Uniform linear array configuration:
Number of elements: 16
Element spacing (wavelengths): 0.5
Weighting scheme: uniform
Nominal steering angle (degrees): -30
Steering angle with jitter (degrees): -29.616
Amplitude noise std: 0.05
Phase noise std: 0.05

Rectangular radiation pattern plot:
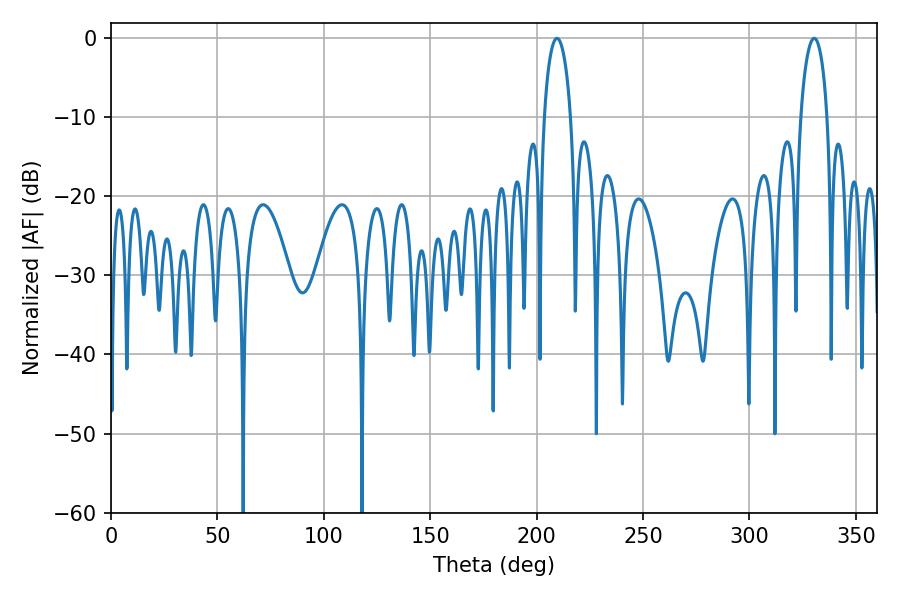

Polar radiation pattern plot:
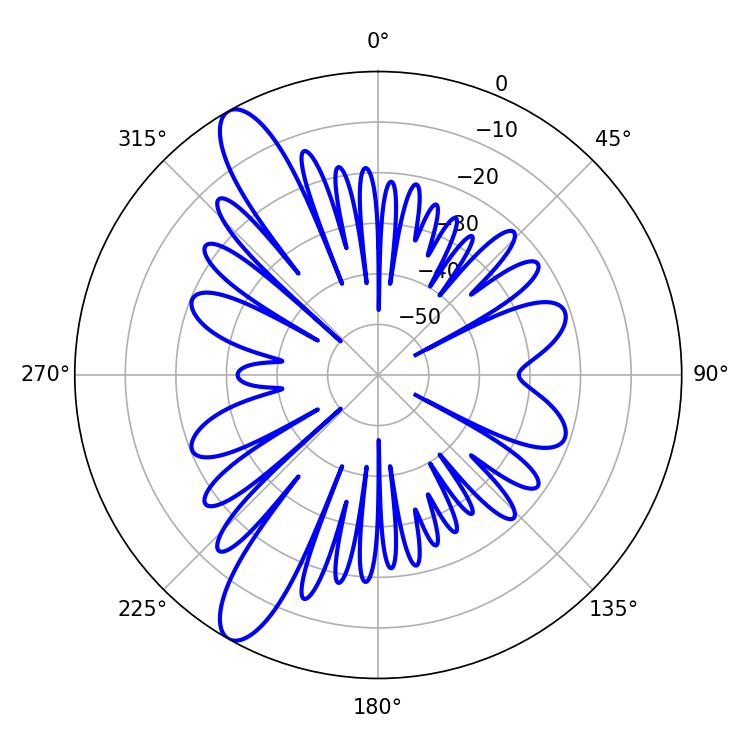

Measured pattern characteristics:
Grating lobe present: FALSE
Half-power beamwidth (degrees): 7.02
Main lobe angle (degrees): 209.52